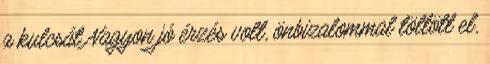
a kulcsát Nagyon jó érzés volt, önbizalommal töltött el,